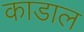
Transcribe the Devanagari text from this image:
काडाल